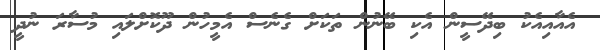
އެއާއިއެކު ބިދޭސީން އެކި ބޭނުން ތަކަށް ގެނެސް އެމީހުން ދޫކޮށްލައި މުސާރަ ނުދީ